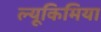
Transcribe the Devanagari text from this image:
ल्यूकिमिया